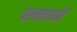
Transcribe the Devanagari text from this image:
परमाणओं